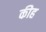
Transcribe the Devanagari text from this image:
कीह